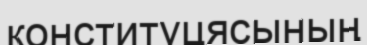
конституцясының